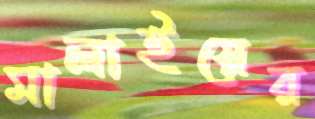
মালাইয়ের